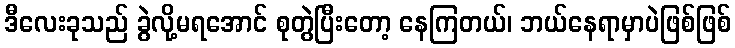
ဒီလေးခုသည် ခွဲလို့မရအောင် စုတွဲပြီးတော့ နေကြတယ်၊ ဘယ်နေရာမှာပဲဖြစ်ဖြစ်